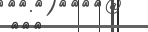
٢٠٧